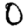
Digit: 0